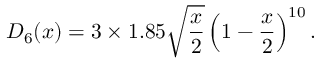
D _ { 6 } ( x ) = 3 \times 1 . 8 5 \sqrt { \frac { x } { 2 } } \left( 1 - { \frac { x } { 2 } } \right) ^ { 1 0 } .